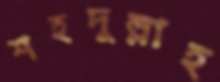
শহদুল্লাহ